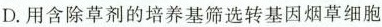
D.用含除草剂的培养基筛选转基因烟草细胞